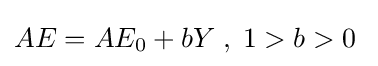
AE=AE_{0}+bY\;,\;1>b>0\;